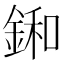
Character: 𨨛